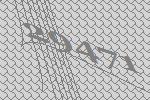
29471